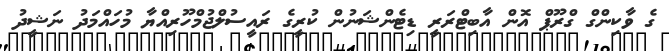
ގެ ވާކިންގް ގްރޫޕް އޮން އާބިޓްރަރީ ޑިޓެންޝަނުން ކުރީގެ ރައީސުލްޖުމްހޫރިއްޔާ މުހައްމަދު ނަޝީދު